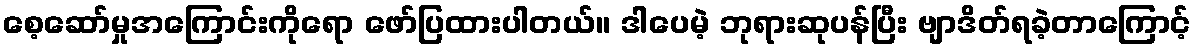
စေ့ဆော်မှုအကြောင်းကိုရော ဖော်ပြထားပါတယ်။ ဒါပေမဲ့ ဘုရားဆုပန်ပြီး ဗျာဒိတ်ရခဲ့တာကြောင့်